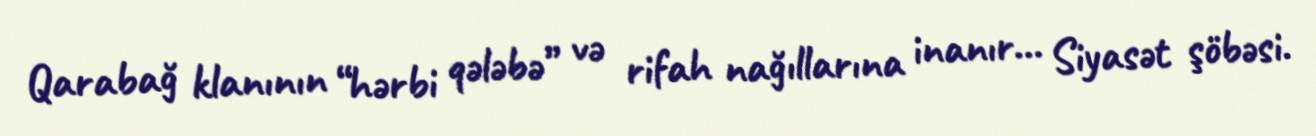
Qarabağ klanının “hərbi qələbə” və rifah nağıllarına inanır... Siyasət şöbəsi.